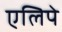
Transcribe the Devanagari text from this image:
एलिपे